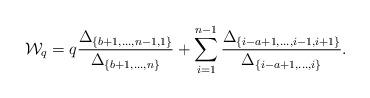
LaTeX: \begin{align*}\mathcal{W}_q=q\frac{\Delta_{\{b+1,\dots, n-1,1\}}}{\Delta_{\{b+1,\dots, n\}}}+\sum_{i=1}^{n-1} \frac{\Delta_{\{i-a+1,\dots, i-1,i+1\}}}{\Delta_{\{i-a+1,\dots, i\}}}.\end{align*}